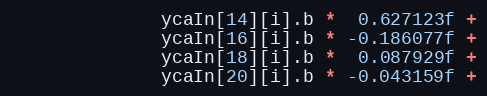
Language: C++
		      ycaIn[14][i].b *  0.627123f +
		      ycaIn[16][i].b * -0.186077f +
		      ycaIn[18][i].b *  0.087929f +
		      ycaIn[20][i].b * -0.043159f +